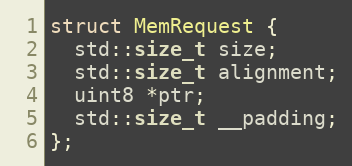
Language: C
struct MemRequest {
  std::size_t size;
  std::size_t alignment;
  uint8 *ptr;
  std::size_t __padding;
};